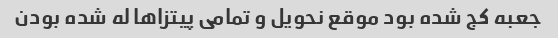
جعبه کج شده بود موقع نحویل و تمامی پیتزاها له شده بودن